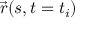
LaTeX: { \vec { r } } ( s , t = t _ { i } )